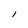
Character: l